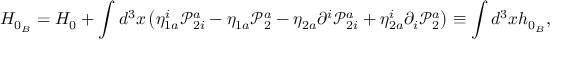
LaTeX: H _ { 0 _ { B } } = H _ { 0 } + \int d ^ { 3 } x \left( \eta _ { 1 a } ^ { i } \mathcal { P } _ { 2 i } ^ { a } - \eta _ { 1 a } \mathcal { P } _ { 2 } ^ { a } - \eta _ { 2 a } \partial ^ { i } \mathcal { P } _ { 2 i } ^ { a } + \eta _ { 2 a } ^ { i } \partial _ { i } \mathcal { P } _ { 2 } ^ { a } \right) \equiv \int d ^ { 3 } x h _ { 0 _ { B } } ,